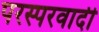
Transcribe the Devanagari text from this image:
परस्परवादी